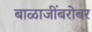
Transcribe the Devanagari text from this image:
बाळाजींबरोबर